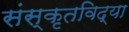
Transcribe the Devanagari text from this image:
संस्कृतविद्या